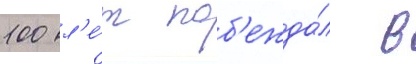
100 л'е́т поб'ежда́л в